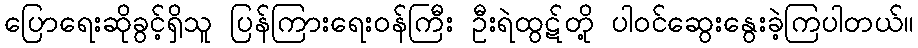
ပြောရေးဆိုခွင့်ရှိသူ ပြန်ကြားရေးဝန်ကြီး ဦးရဲထွဋ်တို့ ပါဝင်ဆွေးနွေးခဲ့ကြပါတယ်။